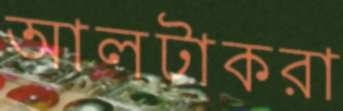
আলটাকরা